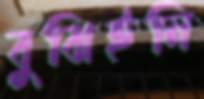
বুঝিইনি